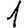
Digit: 1